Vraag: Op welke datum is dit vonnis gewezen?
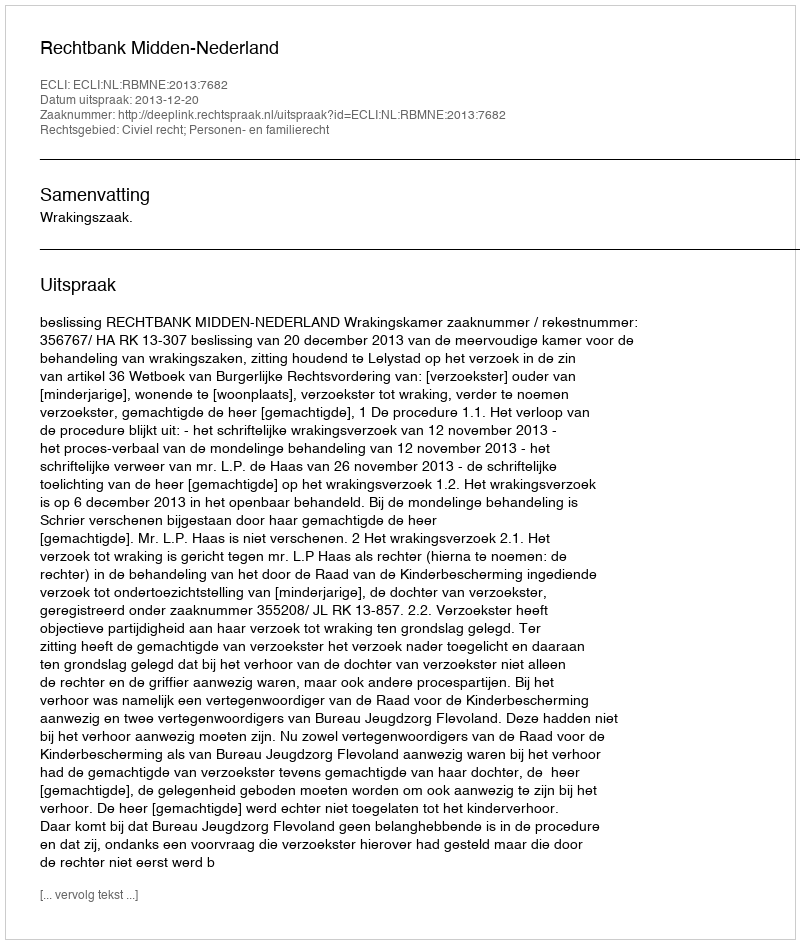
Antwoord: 2013-12-20